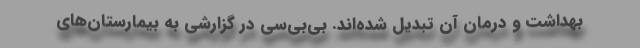
بهداشت و درمان آن تبدیل شده‌اند. بی‌‌بی‌سی در گزارشی به بیمارستان‌های